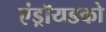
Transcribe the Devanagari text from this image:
एंड्रॉयडको